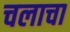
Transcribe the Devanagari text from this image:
चलाचा